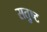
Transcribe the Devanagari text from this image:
सतुष्ट